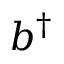
b ^ { \dagger }